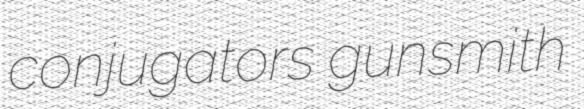
conjugators gunsmith